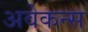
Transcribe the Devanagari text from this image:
अवेकन्स